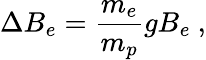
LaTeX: \Delta B_{e}=\frac{m_{e}}{m_{p}}gB_{e}\ ,